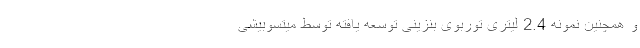
و همچنین نمونه 2.4 لیتری توربوی بنزینی توسعه یافته توسط میتسوبیشی